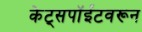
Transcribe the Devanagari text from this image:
केट्सपॉईंटवरून